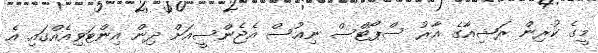
މީގެ ކުރިން ރަޝިއާގެ އާރު ސްޕޯޓްސް ނިއުސް އެޖެންސީއަށް ދިން އިންޓަވިއެއްގައި އެ